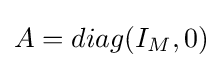
A=diag(I_{M},0)